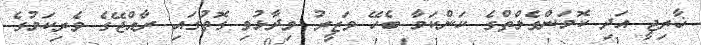
ޚާރިޖީ އަދި ކޮމަންވެލްތްގެ ކަންކަމާ ބެހޭ ވަޒީރު ވިދާޅުވި ގޮތުގައި ރާއްޖޭގެ ވެރިކަމުގެ